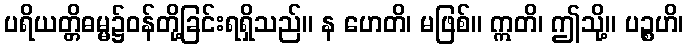
ပရိယတ္တိဓမ္မ၌ဝန်တို့ခြင်းရရှိသည်။ န ဟေတိ၊ မဖြစ်။ ဣတိ၊ ဤသို့။ ပဉ္စဟိ၊